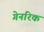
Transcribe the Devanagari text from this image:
गेनरिक